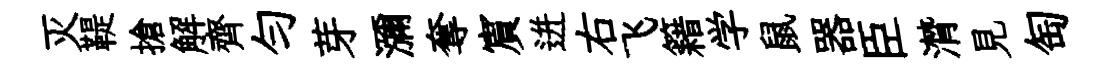
灭鞮搶解齊勻芽瀰奪賔迸右飞籍学鼠器臣潸見匋